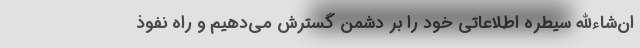
ان‌شاءالله سیطره اطلاعاتی خود را بر دشمن گسترش می‌دهیم و راه نفوذ